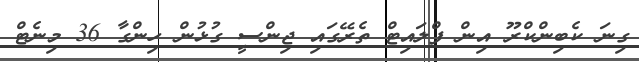
ގިނަ ކެބިންކްރޫ އިން ފްލައިޓް ތެރޭގައި ޖިންސީ ގުޅުން ހިންގާ 36 މިނެޓް